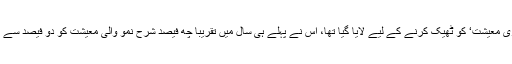
اس کا مطلب صاف لفظوں میں یہ کہ جس حکومت کو ن لیگ کی ’بری معیشت‘ کو ٹھیک کرنے کے لیے لایا گیا تھا، اس نے پہلے ہی سال میں تقریباً چھ فیصد شرح نمو والی معیشت کو دو فیصد سے بھی کم پر لا کھڑا کیا اور اگلے سال منفی کی طرف لے جا رہی ہے۔